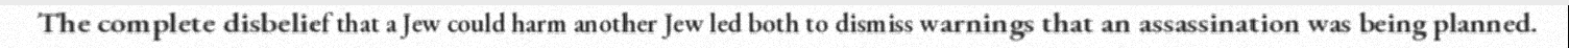
The complete disbelief that a Jew could harm another Jew led both to dismiss warnings that an assassination was being planned.